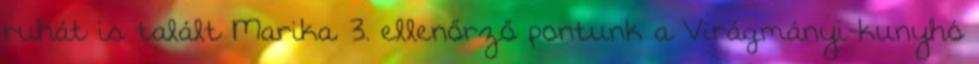
ruhát is talált Marika. 3. ellenőrző pontunk a Virágmányi-kunyhó